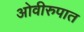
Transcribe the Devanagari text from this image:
ओवीरुपात